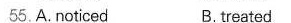
55.A.noticed B. Treatad